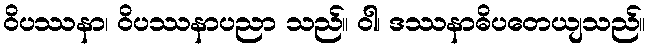
ဝိပဿနာ၊ ဝိပဿနာပညာ သည်။ ဝါ၊ ဒဿနာဓိပတေယျသည်။